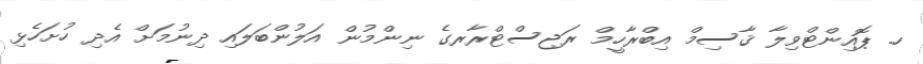
ހ. ޕޮއިންޓްވިލާ ޤާސިމް އިބްރާހީމް ރަޖިސްޓްރާރގެ ނިންމުން އަލުންބަލައި ދިނުމަށް އެދި ހުށަހެޅި